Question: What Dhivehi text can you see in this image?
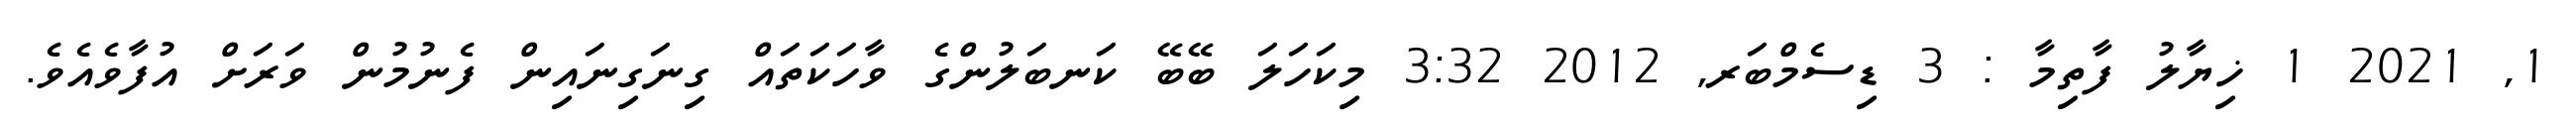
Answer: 1, 2021 1 ޚިޔާލު ފާތިމާ : 3 ޑިސެމްބަރ, 2012 3:32 މިކަހަލަ ބޭބޭ ކަނބަލުންގެ ވާހަކަތައް ގިނަގިނައިން ފެނުމުން ވަރަށް އުފާވެއެވެ.